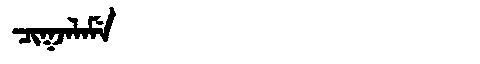
Manchu: ᠴᡳᡴᠵᠠᠯᠠᠮᡝ
Romanization: CIKJALAME